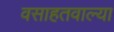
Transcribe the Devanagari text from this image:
वसाहतवाल्या